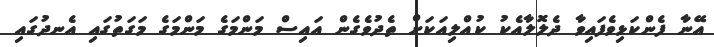
އޭނާ ފެންކަޅިވެފައިވާ ދެލޮލާއެކު ކުއްލިއަކަށް ތެދުވެގެން އައިސް މަންމަގެ މަންމަގެ މަގަތުގައި އެނދުގައި